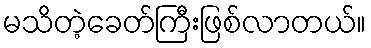
မသိတဲ့ခေတ်ကြီးဖြစ်လာတယ်။